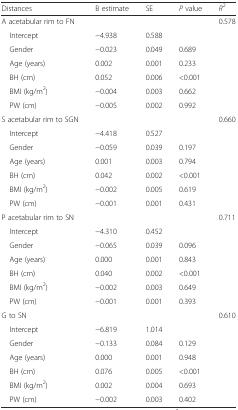
| Distances | B estimate | SE | P value | R2 |
 | --- | --- | --- | --- | --- |
 | A acetabular rim to FN |  |  |  | 0.578 |
 | Intercept | −4.938 | 0.588 |  |  |
 | Gender | −0.023 | 0.049 | 0.689 |  |
 | Age (years) | 0.002 | 0.001 | 0.233 |  |
 | BH (cm) | 0.052 | 0.006 | <0.001 |  |
 | BMI (kg/m2) | −0.004 | 0.003 | 0.662 |  |
 | PW (cm) | −0.005 | 0.002 | 0.992 |  |
 | S acetabular rim to SGN |  |  |  | 0.660 |
 | Intercept | −4.418 | 0.527 |  |  |
 | Gender | −0.059 | 0.039 | 0.197 |  |
 | Age (years) | 0.001 | 0.003 | 0.794 |  |
 | BH (cm) | 0.042 | 0.002 | <0.001 |  |
 | BMI (kg/m2) | −0.002 | 0.005 | 0.619 |  |
 | PW (cm) | −0.001 | 0.001 | 0.431 |  |
 | P acetabular rim to SN |  |  |  | 0.711 |
 | Intercept | −4.310 | 0.452 |  |  |
 | Gender | −0.065 | 0.039 | 0.096 |  |
 | Age (years) | 0.000 | 0.001 | 0.843 |  |
 | BH (cm) | 0.040 | 0.002 | <0.001 |  |
 | BMI (kg/m2) | −0.002 | 0.003 | 0.649 |  |
 | PW (cm) | −0.001 | 0.001 | 0.393 |  |
 | G to SN |  |  |  | 0.610 |
 | Intercept | −6.819 | 1.014 |  |  |
 | Gender | −0.133 | 0.084 | 0.129 |  |
 | Age (years) | 0.000 | 0.001 | 0.948 |  |
 | BH (cm) | 0.076 | 0.005 | <0.001 |  |
 | BMI (kg/m2) | 0.002 | 0.004 | 0.693 |  |
 | PW (cm) | −0.002 | 0.003 | 0.402 |  |